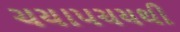
ચયાપચયથી